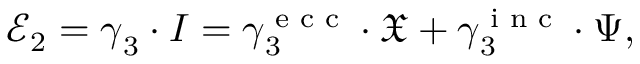
\mathcal { E } _ { 2 } = \boldsymbol { \gamma } _ { 3 } \cdot \boldsymbol { I } = \boldsymbol { \gamma } _ { 3 } ^ { \textnormal { \scriptsize e c c } } \cdot \boldsymbol { \mathfrak { X } } + \boldsymbol { \gamma } _ { 3 } ^ { \textnormal { \scriptsize i n c } } \cdot \boldsymbol { \Psi } ,